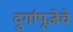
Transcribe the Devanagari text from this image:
दुर्गापूजेचे